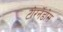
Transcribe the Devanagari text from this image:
टोरर्नेडोस